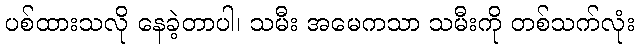
ပစ်ထားသလို နေခဲ့တာပါ၊ သမီး အမေကသာ သမီးကို တစ်သက်လုံး